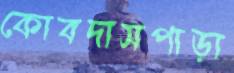
কোবদাসপাড়া